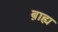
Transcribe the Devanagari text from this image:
ब़ाह्य